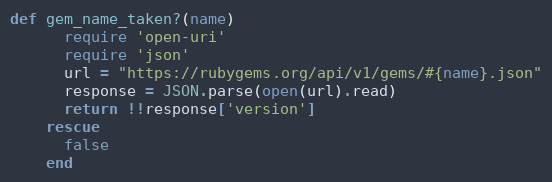
Language: Ruby
def gem_name_taken?(name)
      require 'open-uri'
      require 'json'
      url = "https://rubygems.org/api/v1/gems/#{name}.json"
      response = JSON.parse(open(url).read)
      return !!response['version']
    rescue
      false
    end